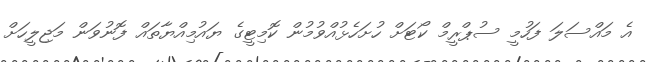
އެ މައްސަލަ ފަހުމީ ސުޕްރީމް ކޯޓަށް ހުށަހެޅުއްވުމުން ކޮމިޓީގެ ޔައުމިއްޔާތައް ފޮނުވަން މަޖިލީހަށް